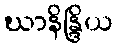
ဃာနိန္ဒြိယ